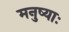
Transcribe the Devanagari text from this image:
मनुष्याः